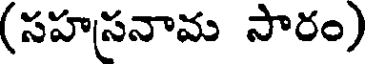
(సహస్రనామ సారం)